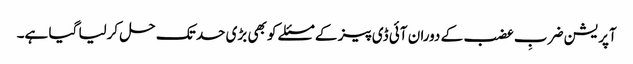
آپریشن ضربِ عضب کے دوران آئی ڈی پیز کے مسئلے کو بھی بڑی حد تک حل کرلیا گیا ہے۔